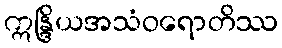
ဣန္ဒြိယအသံဝရောတိဿ